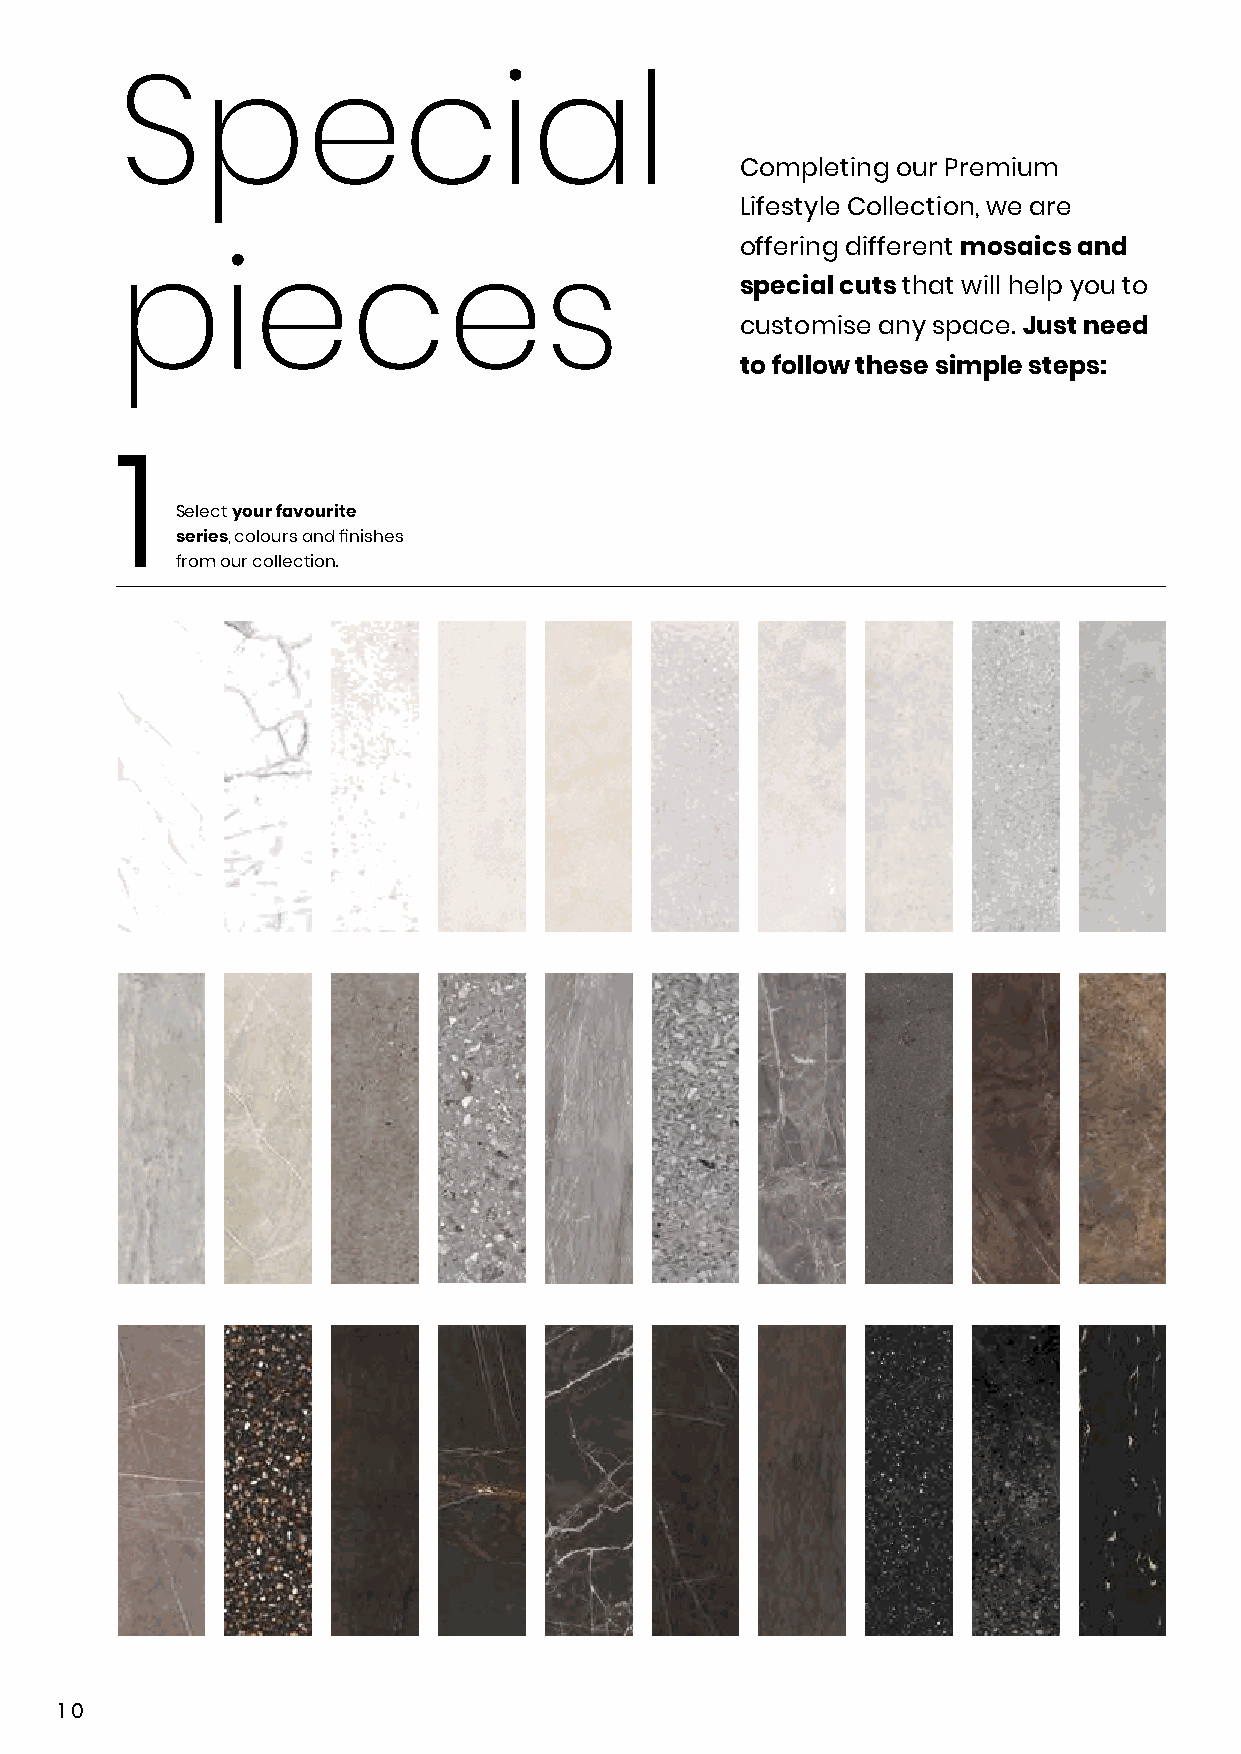
Special
 Completing our Premium
 Lifestyle Collection, we are
 offering different mosaics and
 special cuts that will help you to
 pieces
 customise any space. Just need
 to follow these simple steps:
 1
 Select your favourite
 series, colours and finishes
 from our collection.
 10